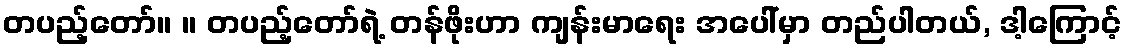
တပည့်တော်။ ။ တပည့်တော်ရဲ့ တန်ဖိုးဟာ ကျန်းမာရေး အပေါ်မှာ တည်ပါတယ်, ဒါ့ကြောင့်